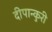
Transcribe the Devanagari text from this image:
दीपान्कुरी